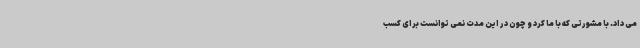
می داد. با مشورتی که با ما کرد و چون در این مدت نمی توانست برای کسب